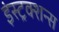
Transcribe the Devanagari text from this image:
इंस्ट्रक्शन्स